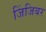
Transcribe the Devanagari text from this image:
जिंजिबर